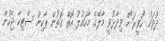
ދުވަހު "ހަވީރަ"ށް ވިދާޅުވީ މާލޭގެ މާހައުލު އޮތް ގޮތުން ޕާކިން ސްޓިކާ ޖެހުން